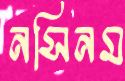
নসিনম